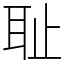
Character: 耻